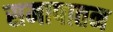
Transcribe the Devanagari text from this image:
समापातन